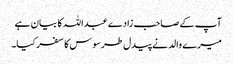
آپ کے صاحب زادے عبداللہ کا بیان ہے
میرے والد نے پیدل طرسوس کا سفر کیا۔